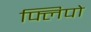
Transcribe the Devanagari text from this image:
फ्लिपो